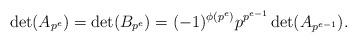
LaTeX: \begin{align*}\det(A_{p^e}) = \det(B_{p^e}) = (-1)^{\phi(p^e)}p^{p^{e-1}}\det(A_{p^{e-1}}).\end{align*}